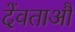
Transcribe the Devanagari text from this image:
देंवताऔं